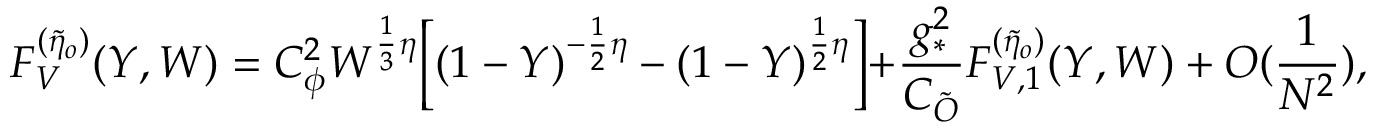
{ \cal { F } } _ { V } ^ { ( \tilde { \eta } _ { o } ) } ( Y , W ) = C _ { \phi } ^ { 2 } W ^ { \frac { 1 } { 3 } \eta } \Bigl [ ( 1 - Y ) ^ { - \frac { 1 } { 2 } \eta } - ( 1 - Y ) ^ { \frac { 1 } { 2 } \eta } \Bigl ] + \frac { g _ { * } ^ { 2 } } { C _ { \tilde { O } } } { \cal { F } } _ { V , 1 } ^ { ( \tilde { \eta } _ { o } ) } ( Y , W ) + O ( \frac { 1 } { N ^ { 2 } } ) ,